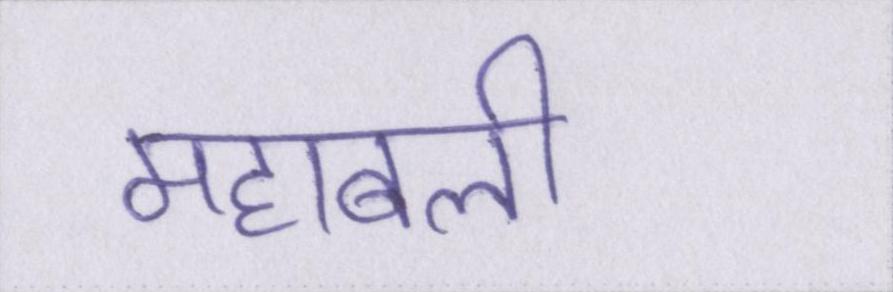
महाबली